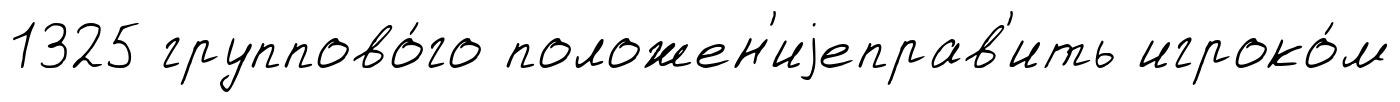
1325 группово́го положен'иjеправ'ить игроко́м